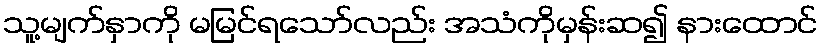
သူ့မျက်နှာကို မမြင်ရသော်လည်း အသံကိုမှန်းဆ၍ နားထောင်